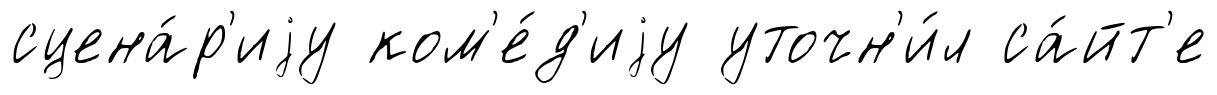
сцена́р'иjу ком'е́д'иjу уточн'и́л са́йт'е